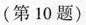
(第10题)